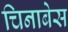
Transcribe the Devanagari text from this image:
चिनाबेस